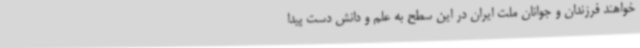
‌خواهند فرزندان و جوانان ملت ایران در این سطح به علم و دانش دست پیدا